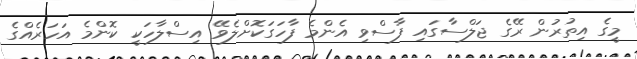
މީގެ އިތުރުން ރޭގެ ޖަލްސާގައި ފާސްވި އެންމެ ފާހަގަކޮށްލެވޭ އިސްލާހަކީ ކޮންމެ އަހަރެއްގެ